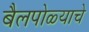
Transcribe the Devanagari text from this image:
बैलपोळ्याचे